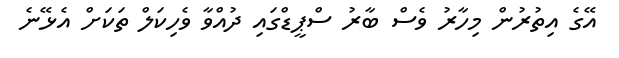
އޭގެ އިތުރުން މިހާރު ވެސް ބާރު ސްޕީޑްގައި ދުއްވާ ވެހިކަލް ތަކަށް އެޅޭނެ